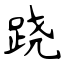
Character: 跷